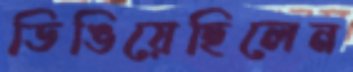
ডিঙিয়েছিলেন